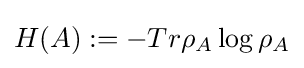
H(A):=-Tr\rho _{A}\log \rho _{A}